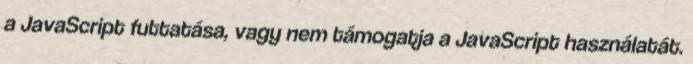
a JavaScript futtatása, vagy nem támogatja a JavaScript használatát.